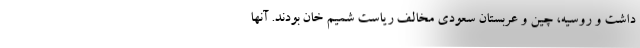
داشت و روسیه، چین و عربستان سعودی مخالف ریاست شمیم خان بودند. آنها